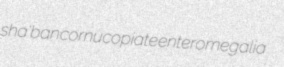
sha'ban cornucopiate enteromegalia